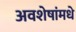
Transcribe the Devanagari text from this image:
अवशेषांमधे